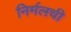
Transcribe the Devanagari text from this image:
निर्मलची